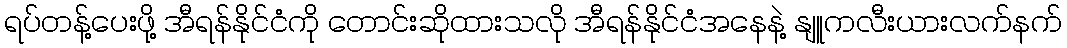
ရပ်တန့်ပေးဖို့ အီရန်နိုင်ငံကို တောင်းဆိုထားသလို အီရန်နိုင်ငံအနေနဲ့ နျူကလီးယားလက်နက်